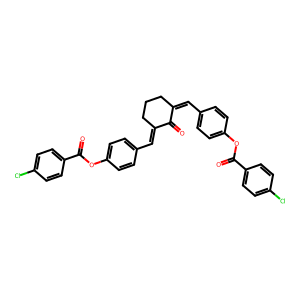
SMILES: O=C1C(=Cc2ccc(OC(=O)c3ccc(Cl)cc3)cc2)CCCC1=Cc1ccc(OC(=O)c2ccc(Cl)cc2)cc1
Inhibits HIV replication: No